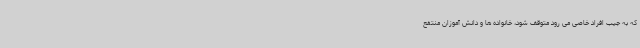
که به جیب افراد خاصی می رود متوقف شود، خانواده ها و دانش آموزان منتفع